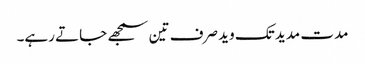
مدت مدید تک وید صرف تین سمجھے جاتے رہے۔